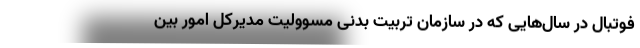
فوتبال در سال‌هایی که در سازمان تربیت بدنی مسوولیت مدیرکل امور بین